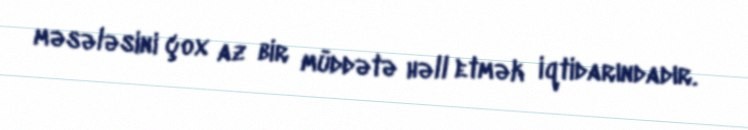
məsələsini çox az bir müddətə həll etmək iqtidarındadır.